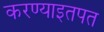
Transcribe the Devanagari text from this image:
करण्याइतपत